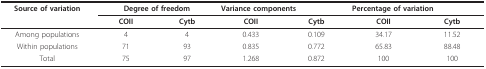
| Source of variation | <COLSPAN=2> Degree of freedom | <COLSPAN=2> Variance components | <COLSPAN=2> Percentage of variation |
 |  | COII | Cytb | COII | Cytb | COII | Cytb |
 | --- | --- | --- | --- | --- | --- | --- |
 | Among populations | 4 | 4 | 0.433 | 0.109 | 34.17 | 11.52 |
 | Within populations | 71 | 93 | 0.835 | 0.772 | 65.83 | 88.48 |
 | Total | 75 | 97 | 1.268 | 0.872 | 100 | 100 |